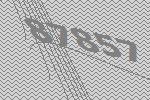
87857